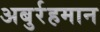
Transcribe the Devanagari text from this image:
अबुर्रहमान